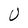
Character: U